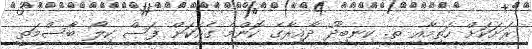
ރަށަކަށް ހަތިމާއި ތ. ކިނބިދޫ ދާއިރާގެ ކޮންމެ ގެއަކަށް ފަސް ކިލޯ ބާސްމަތީ